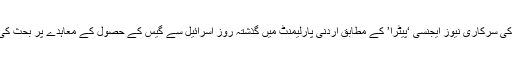
اردن کی سرکاری نیوز ایجنسی ‘پیٹرا’ کے مطابق اردنی پارلیمنٹ میں گذشتہ روز اسرائیل سے گیس کے حصول کے معاہدے پر بحث کی گئی۔